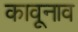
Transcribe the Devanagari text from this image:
कावूनाव